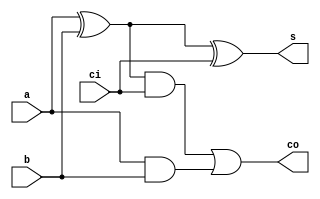
module full_adder_assign_gate (a, b, ci, s, co);
  input a, b, ci;
  output s, co;
  wire ab, xab, xabci;

  assign xab = a ^ b;
  assign s = xab ^ ci;
  assign xabci = xab & ci;
  assign ab = a & b;
  assign co = xabci | ab;

endmodule